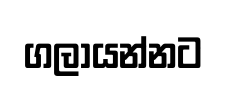
ගලායන්නට